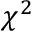
\chi ^ { 2 }